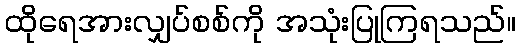
ထိုရေအားလျှပ်စစ်ကို အသုံးပြုကြရသည်။